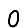
Digit: 0